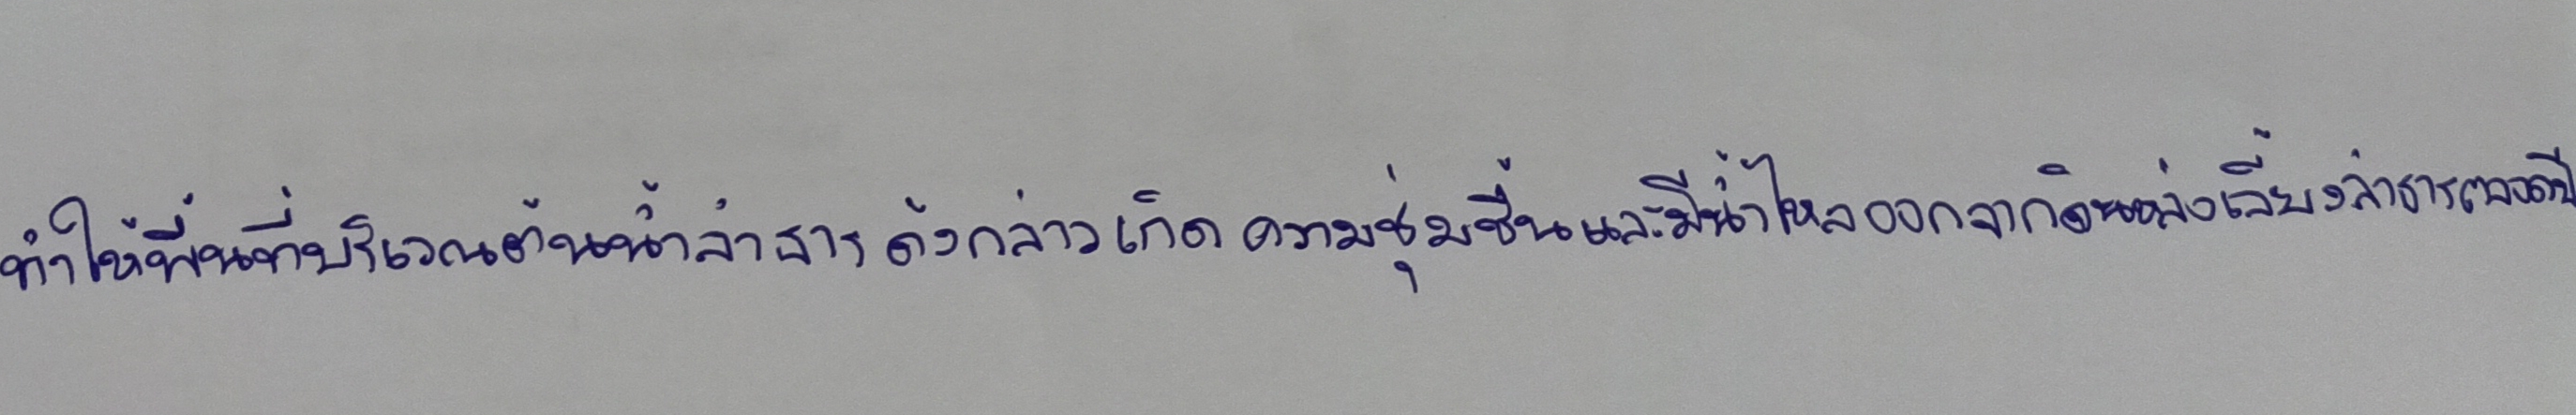
ทำให้พื้นที่บริเวณต้นน้ำลำธารดังกล่าวเกิดความชุ่มชื้นและมีน้ำไหลออกจากดินหล่อเลี้ยงลำธารตลอดปี